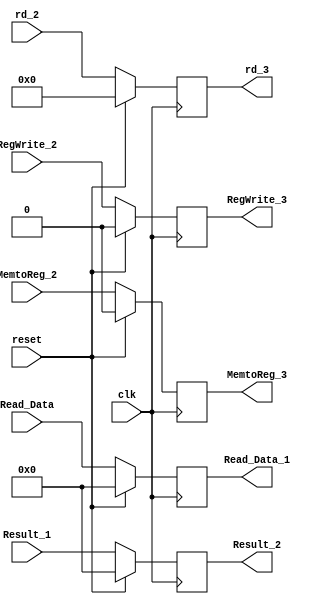
module MEM_WB_reg
(
	input[63:0] Read_Data, Result_1,
	input RegWrite_2, MemtoReg_2, clk, reset,
	input[4:0] rd_2,
	output reg[63:0] Read_Data_1, Result_2,
	output reg RegWrite_3, MemtoReg_3,
	output reg[4:0] rd_3
);

	always @(posedge clk)
	begin 
		if (reset)
			begin
				Read_Data_1 <= 64'd0;
				Result_2 <= 64'd0;
				RegWrite_3 <= 1'b0;
				MemtoReg_3 <= 1'b0;
				rd_3 <= 5'd0;
			end
		
		else
			begin
					
				Read_Data_1 <= Read_Data;
				Result_2 <= Result_1;
				RegWrite_3 <= RegWrite_2;
				MemtoReg_3 <= MemtoReg_2;
				rd_3 <= rd_2;
			end
	end
endmodule